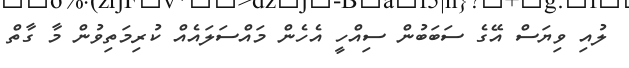
ލުއި ވިޔަސް އޭގެ ސަބަބުން ސިއްހީ އެހެން މައްސަލައެއް ކުރިމަތިވުން މާ ގާތް